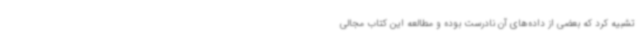
تشبیه کرد که بعضی از داده‌های آن نادرست بوده و مطالعه این کتاب مجالی